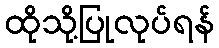
ထိုသို့ပြုလုပ်ရန်